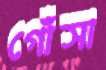
গোঁসা